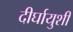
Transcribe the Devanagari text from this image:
दीर्घायुशी